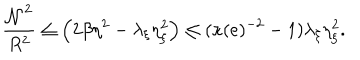
\frac { { \cal N } ^ { 2 } } { R ^ { 2 } } \leq \left( 2 \beta \eta ^ { 2 } - \lambda _ { \xi } \eta _ { \xi } ^ { 2 } \right) \leq ( \kappa ( e ) ^ { - 2 } - 1 ) \lambda _ { \xi } \eta _ { \xi } ^ { 2 } .